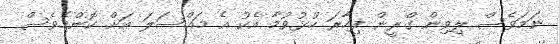
ނަމަވެސް ލިވިން ގްރީން ފިހާރަ ހުޅުވުމާ އެކު އެ މައްސަލަ އަށް ކޮންމެވެސް